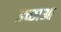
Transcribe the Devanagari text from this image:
इच्छाआ